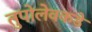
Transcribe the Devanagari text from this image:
तुपोलेवकडे